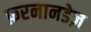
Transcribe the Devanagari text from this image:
फ़रनानडेज़